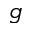
g